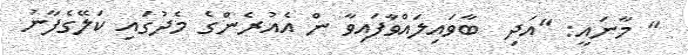
" މާނައީ: "އަދި  ބާވައިލައްވާފައިވާ ން އެއުރެންގެ މެދުގައި ކަލޭގެފާނު